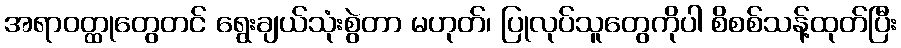
အရာဝတ္ထုတွေတင် ရွေးချယ်သုံးစွဲတာ မဟုတ်၊ ပြုလုပ်သူတွေကိုပါ စိစစ်သန့်ထုတ်ပြီး